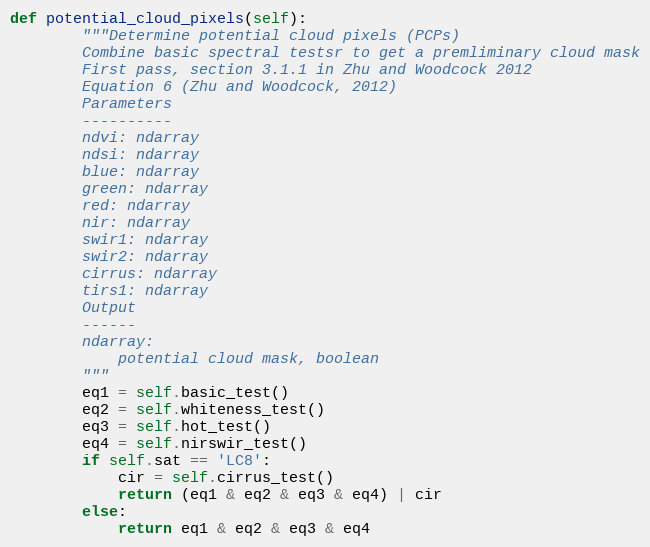
Language: Python
def potential_cloud_pixels(self):
        """Determine potential cloud pixels (PCPs)
        Combine basic spectral testsr to get a premliminary cloud mask
        First pass, section 3.1.1 in Zhu and Woodcock 2012
        Equation 6 (Zhu and Woodcock, 2012)
        Parameters
        ----------
        ndvi: ndarray
        ndsi: ndarray
        blue: ndarray
        green: ndarray
        red: ndarray
        nir: ndarray
        swir1: ndarray
        swir2: ndarray
        cirrus: ndarray
        tirs1: ndarray
        Output
        ------
        ndarray:
            potential cloud mask, boolean
        """
        eq1 = self.basic_test()
        eq2 = self.whiteness_test()
        eq3 = self.hot_test()
        eq4 = self.nirswir_test()
        if self.sat == 'LC8':
            cir = self.cirrus_test()
            return (eq1 & eq2 & eq3 & eq4) | cir
        else:
            return eq1 & eq2 & eq3 & eq4